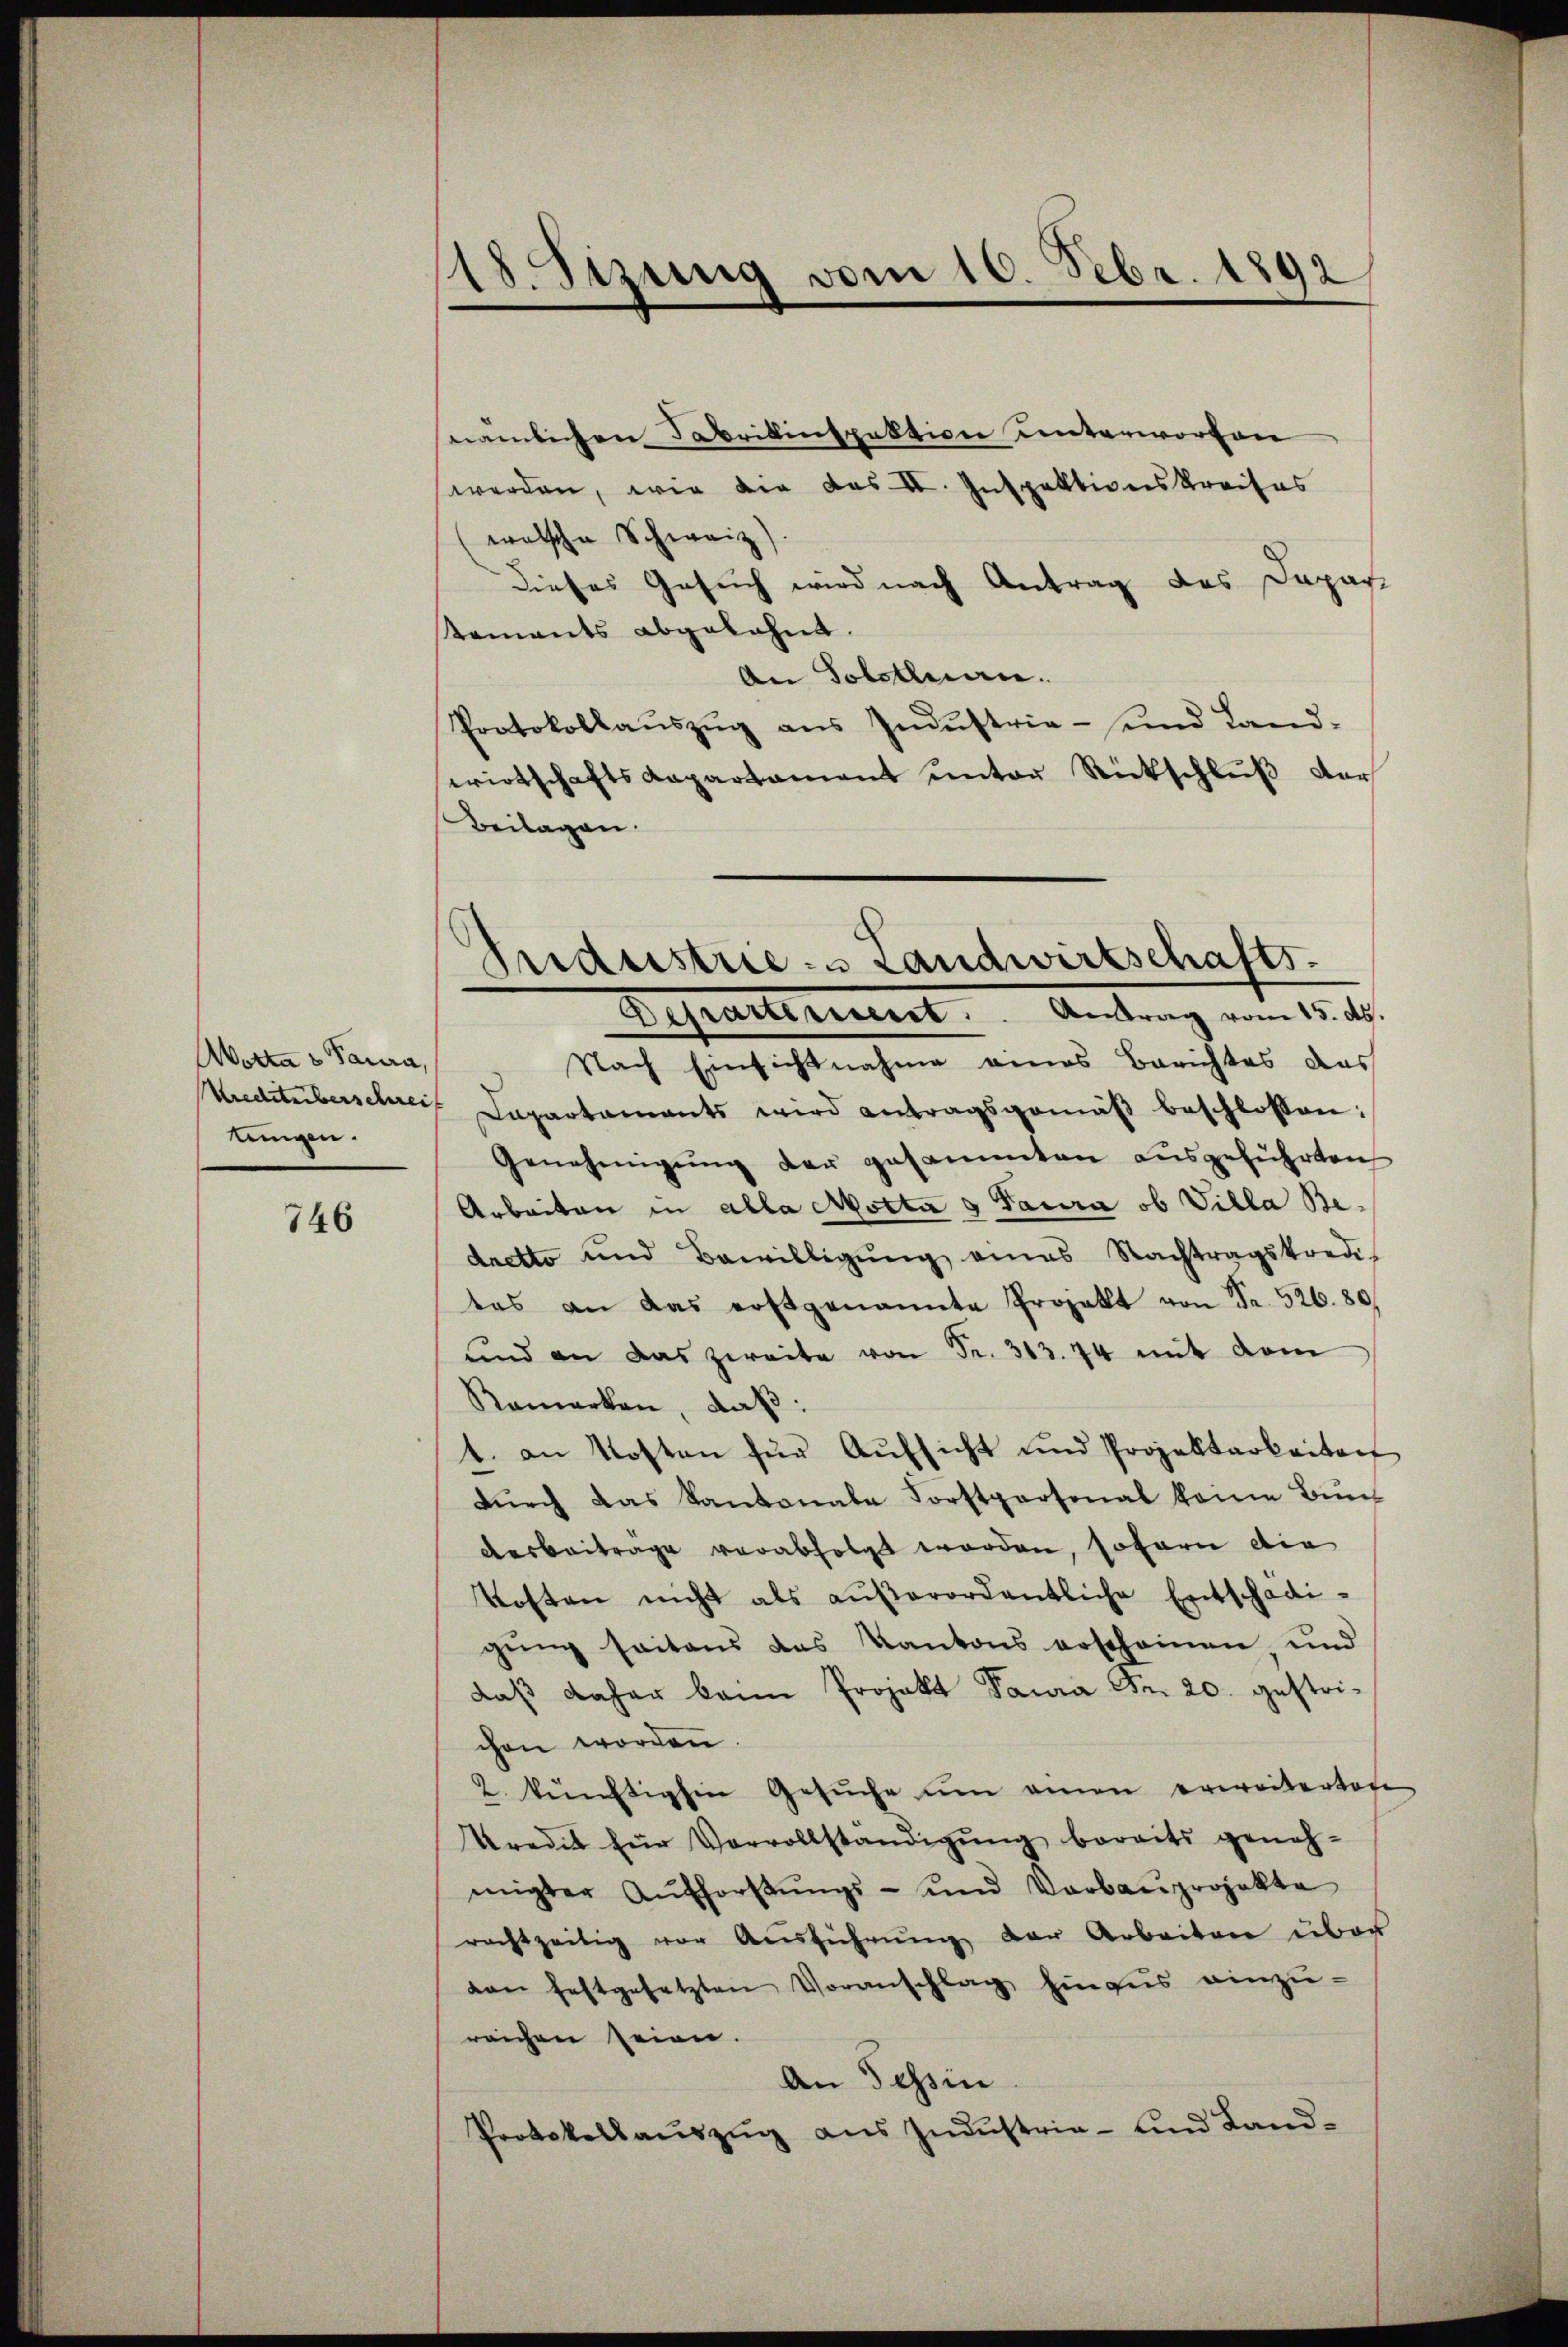
Krediteberschreif
tungen.

746

s
18. Sizung vom 10.Febr. 1892

Sudustrie- Landwirtschafts-
Befracterieret. Antrag vom 15. ds.

nämlichen Fabrikinspektion unterworfen
werden, wie die das II. Inspektionskreises
welsche Schweiz)
dieses Gesuch wird nach Antrag des Depar
taments abgelehnt.
An Solstenan
Protokollaŭszŭg ans Indŭstrie- und Land-
wirtschaftskapartament ŭnter Rückschlŭβ der
Beilagen.
Wotta u Paura, Nach Einsichtnahme eines Berichtes das
Dapartaments wird antragsgemäβ beschlossen:
Genehmigŭng der gesammten aŭsgeführten
Arbeiten in alla Motta a Paura ob Villa Bedretto und Bewilligŭng eines Nachtragskredi-
tas an das erstgenannte Projekt von Fr. 526. 80.
und an das zweite von Fr. 313. 74 mit dem
Ramarken, daß:
1. an Kosten für Aŭfsicht und Projektarbeiten
dŭrch das Kantonale Forstpersonal keine Bün
desbeiträge verabfolgt worden, sofern die
Kosten nicht als aŭβerordentliche Entschädigung seitens das Kantons erscheinen und
daß daher kann Projekt Pawa Fr. 20. gestrichen worden.
2. künftighin Gesŭche um einen erweiterten
Kredit für Vervollständigŭng bereits geneh-
migter Aŭsforstŭngs- und Vorbaŭprojekte
rachtzeitig vor Aŭsführŭng der Arbeiten über
von festgesetzten Voranschlag hinaus einzŭ-
reichen seien.
An Tessin
Protokollaŭszŭg aŭs Indŭstria- und Land-